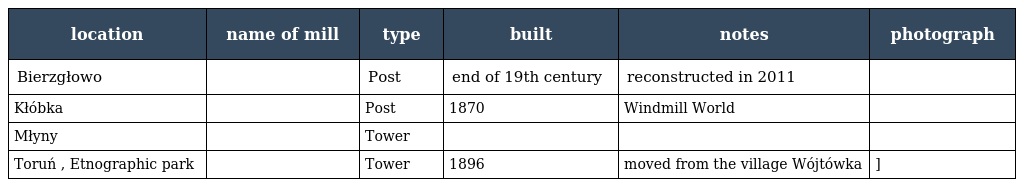
| location | name of mill | type | built | notes | photograph |
 | --- | --- | --- | --- | --- | --- |
 | Bierzgłowo |  | Post | end of 19th century | reconstructed in 2011 |  |
 | Kłóbka |  | Post | 1870 | Windmill World |  |
 | Młyny |  | Tower |  |  |  |
 | Toruń , Etnographic park |  | Tower | 1896 | moved from the village Wójtówka | ] |